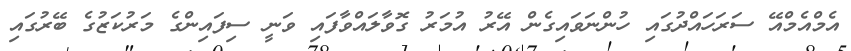
އެމްއެމްއޭ ސަރަހައްދުގައި ހުންނަވައިގެން އޭރު އުމަރު ގޮވާލައްވާފައި ވަނީ ސިފައިންގެ މަރުކަޒުގެ ބޭރުގައި